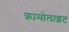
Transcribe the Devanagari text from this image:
क्रामोलाइट